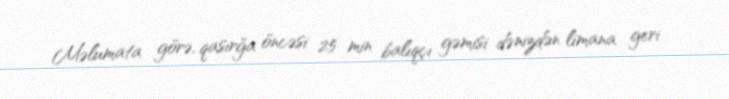
Məlumata görə, qasırğa öncəsi 25 min balıqçı gəmisi dənizdən limana geri